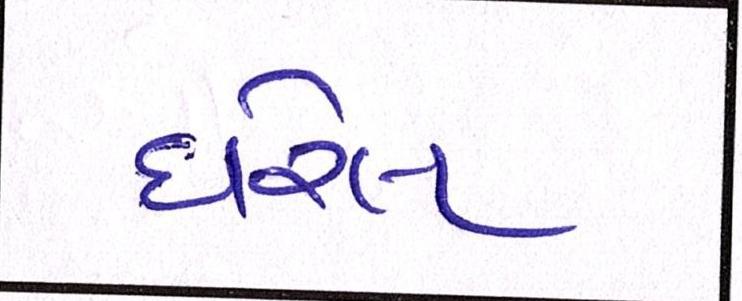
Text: ધરેલ